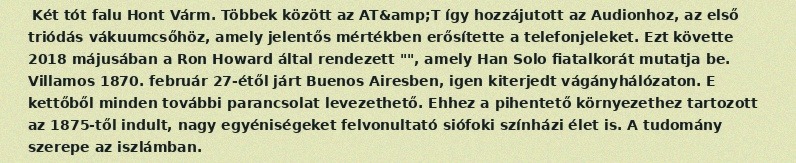
Két tót falu Hont Várm. Többek között az AT&amp;T így hozzájutott az Audionhoz, az első triódás vákuumcsőhöz, amely jelentős mértékben erősítette a telefonjeleket. Ezt követte 2018 májusában a Ron Howard által rendezett "", amely Han Solo fiatalkorát mutatja be. Villamos 1870. február 27-étől járt Buenos Airesben, igen kiterjedt vágányhálózaton. E kettőből minden további parancsolat levezethető. Ehhez a pihentető környezethez tartozott az 1875-től indult, nagy egyéniségeket felvonultató siófoki színházi élet is. A tudomány szerepe az iszlámban.